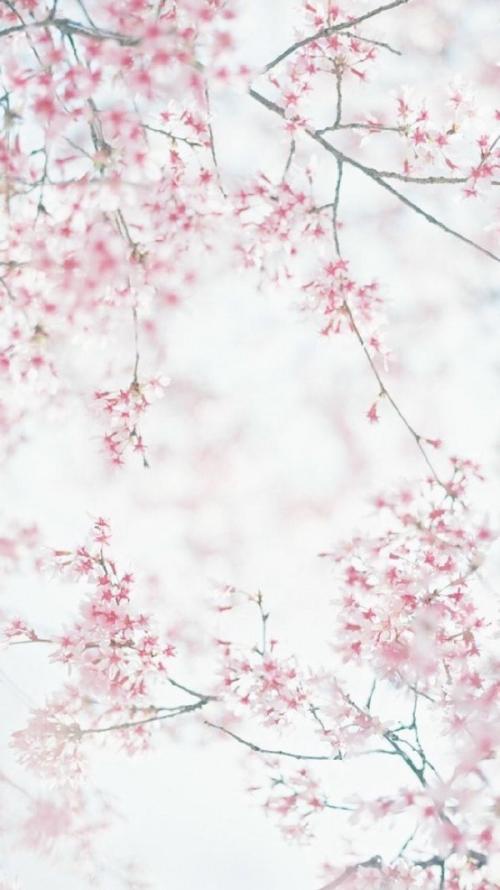
楼台处处迷芳草，风雨年年怨落花。